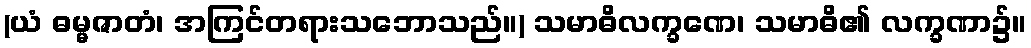
(ယံ ဓမ္မဇာတံ၊ အကြင်တရားသဘောသည်။) သမာဓိလက္ခဏေ၊ သမာဓိ၏ လက္ခဏာ၌။